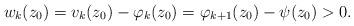
LaTeX: \begin{align*} w_k(z_0)=v_k(z_0)-\varphi_k(z_0)=\varphi_{k+1}(z_0)-\psi(z_0)>0.\end{align*}